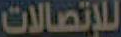
للإتصالات